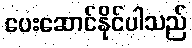
ပေးဆောင်နိုင်ပါသည်